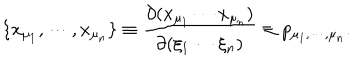
\{ x _ { \mu _ { 1 } } , \cdots , x _ { \mu _ { n } } \} \equiv \frac { \partial ( x _ { \mu _ { 1 } } \cdots x _ { \mu _ { n } } ) } { \partial ( \xi _ { 1 } \cdots \xi _ { n } ) } \equiv p _ { \mu _ { 1 } , \cdots , \mu _ { n } } .